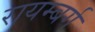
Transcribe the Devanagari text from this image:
रायम्बर्ग